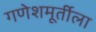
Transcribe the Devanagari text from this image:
गणेशमूर्तीला